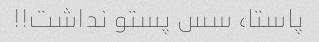
پاستا، سس پستو نداشت!!